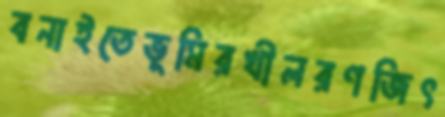
বনাইতেভূমিরখীলরণজিৎ